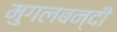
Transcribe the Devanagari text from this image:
मुगलबन्दी